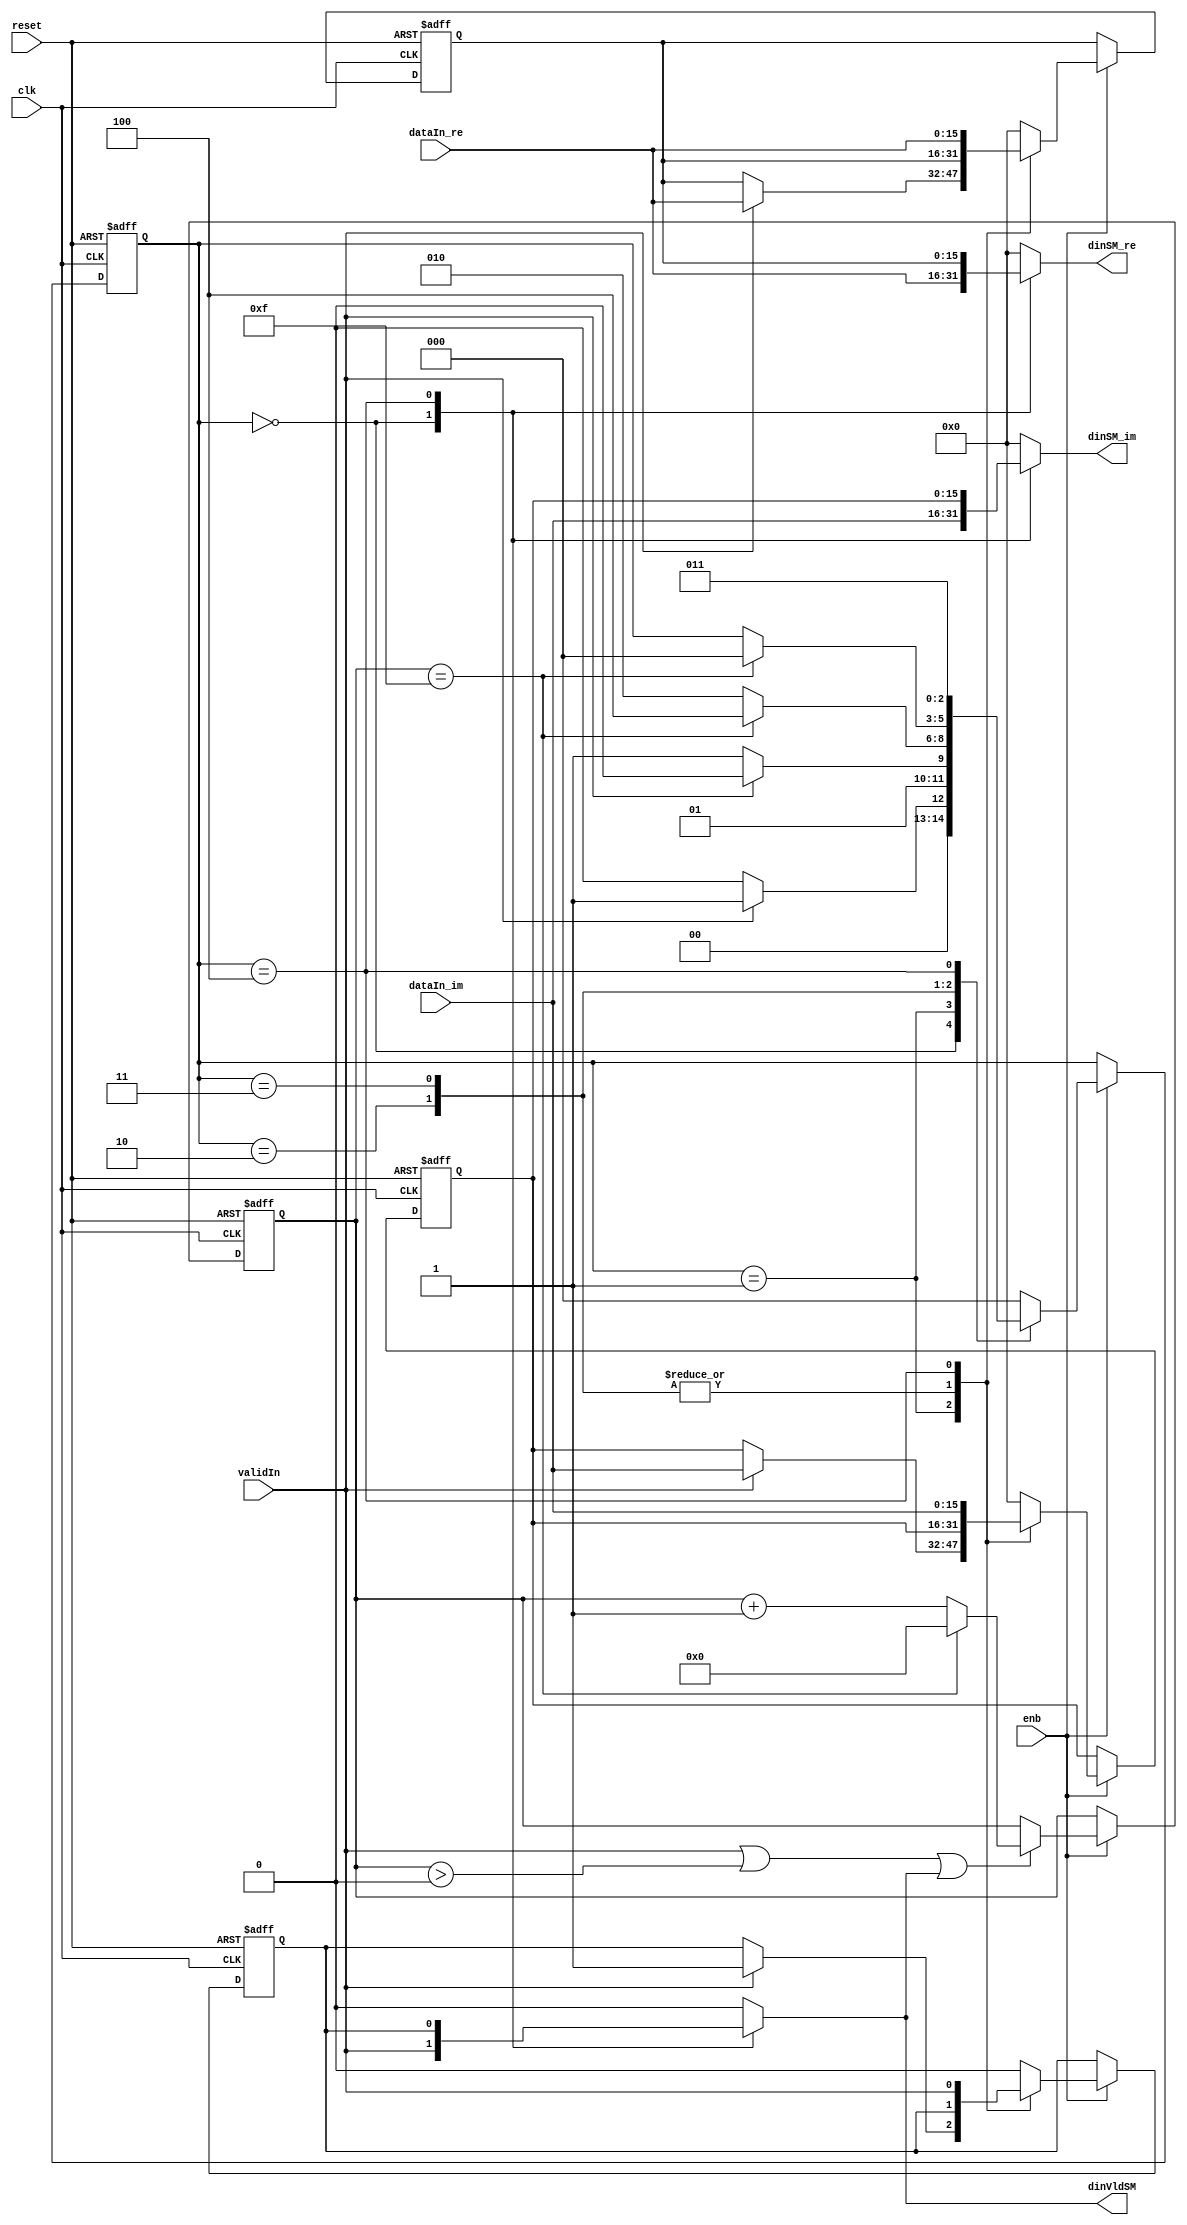
// -------------------------------------------------------------
// 
// 
// Generated by MATLAB 9.13 and HDL Coder 4.0
// 
// -------------------------------------------------------------


// -------------------------------------------------------------
// 
// Module: FirRdyLogic_block4
// Source Path: DUCforLTEHDL/HDL_DUC/Lowpass Interpolator/DUCforLTEHDL/HDL_DUC/Lowpass Interpolator/FIRFilter2/FirRdyLogic
// Hierarchy Level: 3
// 
// -------------------------------------------------------------

`timescale 1 ns / 1 ns

module FirRdyLogic_block4
          (clk,
           reset,
           enb,
           dataIn_re,
           dataIn_im,
           validIn,
           dinSM_re,
           dinSM_im,
           dinVldSM);


  input   clk;
  input   reset;
  input   enb;
  input   signed [15:0] dataIn_re;  // sfix16_En15
  input   signed [15:0] dataIn_im;  // sfix16_En15
  input   validIn;
  output  signed [15:0] dinSM_re;  // sfix16_En15
  output  signed [15:0] dinSM_im;  // sfix16_En15
  output  dinVldSM;


  wire syncReset;
  reg signed [15:0] firRdy_xdin_re;  // sfix16_En15
  reg signed [15:0] firRdy_xdin_im;  // sfix16_En15
  reg  firRdy_xdinVld;
  reg [2:0] firRdy_state;  // ufix3
  reg  firRdy_readyReg;
  reg [3:0] firRdy_count;  // ufix4
  reg signed [15:0] firRdy_xdin_next_re;  // sfix16_En15
  reg signed [15:0] firRdy_xdin_next_im;  // sfix16_En15
  reg  firRdy_xdinVld_next;
  reg [2:0] firRdy_state_next;  // ufix3
  reg  firRdy_readyReg_next;
  reg [3:0] firRdy_count_next;  // ufix4
  reg  readySM;
  reg signed [15:0] dinSM_re_1;  // sfix16_En15
  reg signed [15:0] dinSM_im_1;  // sfix16_En15
  reg  dinVldSM_1;
  reg  firRdy_out2_0;
  reg [3:0] firRdy_count_temp;  // ufix4


  assign syncReset = 1'b0;



  // rdyLogic
  always @(posedge clk or posedge reset)
    begin : firRdy_process
      if (reset == 1'b1) begin
        firRdy_state <= 3'b000;
        firRdy_xdin_re <= 16'sb0000000000000000;
        firRdy_xdin_im <= 16'sb0000000000000000;
        firRdy_xdinVld <= 1'b0;
        firRdy_readyReg <= 1'b1;
        firRdy_count <= 4'b0000;
      end
      else begin
        if (enb) begin
          firRdy_xdin_re <= firRdy_xdin_next_re;
          firRdy_xdin_im <= firRdy_xdin_next_im;
          firRdy_xdinVld <= firRdy_xdinVld_next;
          firRdy_state <= firRdy_state_next;
          firRdy_readyReg <= firRdy_readyReg_next;
          firRdy_count <= firRdy_count_next;
        end
      end
    end

  always @(dataIn_im, dataIn_re, firRdy_count, firRdy_readyReg, firRdy_state,
       firRdy_xdinVld, firRdy_xdin_im, firRdy_xdin_re, syncReset, validIn) begin
    firRdy_count_temp = firRdy_count;
    firRdy_xdin_next_re = firRdy_xdin_re;
    firRdy_xdin_next_im = firRdy_xdin_im;
    firRdy_xdinVld_next = firRdy_xdinVld;
    firRdy_state_next = firRdy_state;
    firRdy_readyReg_next = firRdy_readyReg;
    if ( ! syncReset) begin
      case ( firRdy_state)
        3'b000 :
          begin
            dinSM_re_1 = dataIn_re;
            dinSM_im_1 = dataIn_im;
            firRdy_out2_0 = validIn;
            firRdy_state_next = 3'b000;
            firRdy_readyReg_next = 1'b1;
            firRdy_xdin_next_re = 16'sb0000000000000000;
            firRdy_xdin_next_im = 16'sb0000000000000000;
            firRdy_xdinVld_next = 1'b0;
            if (validIn) begin
              firRdy_state_next = 3'b001;
              firRdy_readyReg_next = 1'b0;
            end
          end
        3'b001 :
          begin
            dinSM_re_1 = 16'sb0000000000000000;
            dinSM_im_1 = 16'sb0000000000000000;
            firRdy_out2_0 = 1'b0;
            firRdy_state_next = 3'b011;
            if (validIn) begin
              firRdy_state_next = 3'b010;
              firRdy_xdin_next_re = dataIn_re;
              firRdy_xdin_next_im = dataIn_im;
              firRdy_xdinVld_next = 1'b1;
            end
          end
        3'b010 :
          begin
            dinSM_re_1 = 16'sb0000000000000000;
            dinSM_im_1 = 16'sb0000000000000000;
            firRdy_out2_0 = 1'b0;
            firRdy_state_next = 3'b010;
            if (firRdy_count == 4'b1111) begin
              firRdy_state_next = 3'b100;
            end
            firRdy_readyReg_next = 1'b0;
          end
        3'b011 :
          begin
            if (firRdy_count == 4'b1111) begin
              firRdy_readyReg_next = 1'b1;
              firRdy_state_next = 3'b000;
            end
            dinSM_re_1 = 16'sb0000000000000000;
            dinSM_im_1 = 16'sb0000000000000000;
            firRdy_out2_0 = 1'b0;
          end
        3'b100 :
          begin
            firRdy_state_next = 3'b011;
            dinSM_re_1 = firRdy_xdin_re;
            dinSM_im_1 = firRdy_xdin_im;
            firRdy_out2_0 = firRdy_xdinVld;
            firRdy_xdin_next_re = dataIn_re;
            firRdy_xdin_next_im = dataIn_im;
            firRdy_xdinVld_next = validIn;
          end
        default :
          begin
            dinSM_re_1 = 16'sb0000000000000000;
            dinSM_im_1 = 16'sb0000000000000000;
            firRdy_out2_0 = 1'b0;
            firRdy_state_next = 3'b000;
            firRdy_xdin_next_re = 16'sb0000000000000000;
            firRdy_xdin_next_im = 16'sb0000000000000000;
            firRdy_xdinVld_next = 1'b0;
            firRdy_readyReg_next = 1'b1;
          end
      endcase
    end
    else begin
      firRdy_state_next = 3'b000;
      firRdy_xdin_next_re = 16'sb0000000000000000;
      firRdy_xdin_next_im = 16'sb0000000000000000;
      firRdy_xdinVld_next = 1'b0;
      firRdy_readyReg_next = 1'b0;
      firRdy_count_temp = 4'b0000;
      firRdy_out2_0 = 1'b0;
      dinSM_re_1 = dataIn_re;
      dinSM_im_1 = dataIn_im;
    end
    if ((validIn || (firRdy_count_temp > 4'b0000)) || firRdy_out2_0) begin
      if (firRdy_count_temp == 4'b1111) begin
        firRdy_count_temp = 4'b0000;
      end
      else begin
        firRdy_count_temp = firRdy_count_temp + 4'b0001;
      end
    end
    readySM = firRdy_readyReg;
    dinVldSM_1 = firRdy_out2_0;
    firRdy_count_next = firRdy_count_temp;
  end



  assign dinSM_re = dinSM_re_1;

  assign dinSM_im = dinSM_im_1;

  assign dinVldSM = dinVldSM_1;

endmodule  // FirRdyLogic_block4